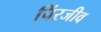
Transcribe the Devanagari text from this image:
चिंरजीव